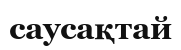
саусақтай